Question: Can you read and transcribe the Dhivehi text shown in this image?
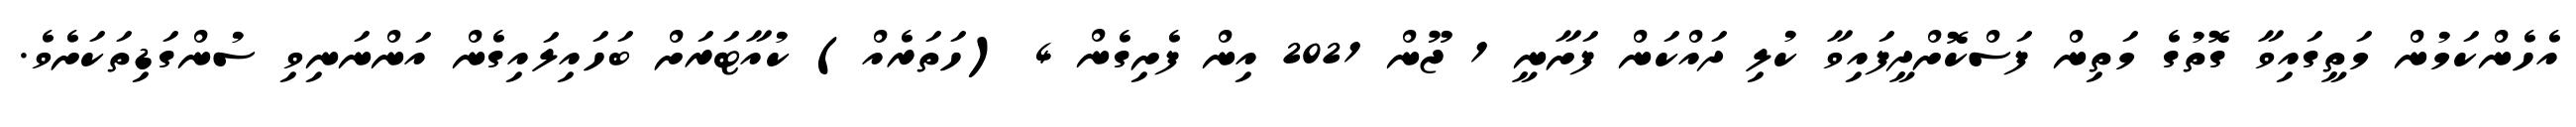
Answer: އެހެންކަމުން މަތީގައިވާ ގޮތުގެ މަތިން ފަސްކޮށްދީފައިވާ ކުލި ދައްކަން ފަށާނީ 1 ޖޫން 2021 އިން ފެށިގެން 4 (ހަތަރެއް) ކުއާޓަރަށް ބަހައިލައިގެން އަންނަނިވި ސުންގަޑިތަކަށެވެ.